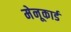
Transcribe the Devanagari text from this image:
मेनूकार्ड